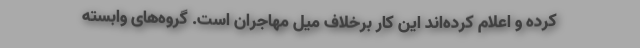
کرده و اعلام کرده‌اند این کار برخلاف میل مهاجران است. گروه‌های وابسته